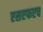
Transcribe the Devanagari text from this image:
एसएफएच